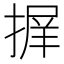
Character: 𭡱